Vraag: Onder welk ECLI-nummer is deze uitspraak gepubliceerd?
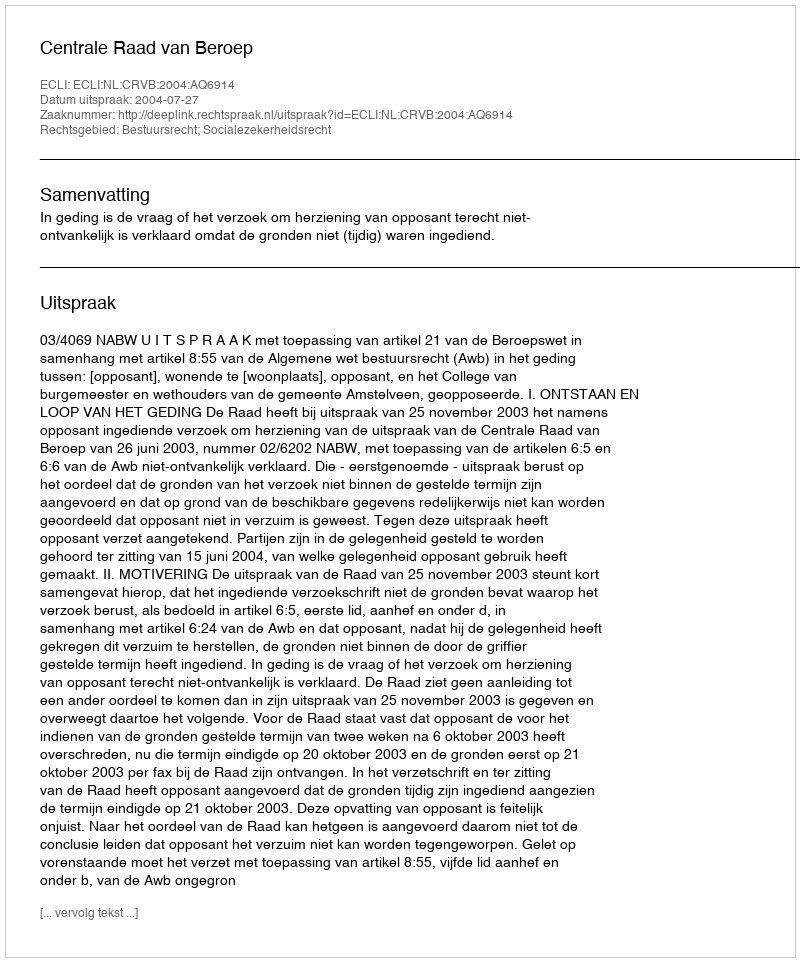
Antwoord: ECLI:NL:CRVB:2004:AQ6914